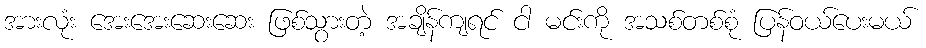
အားလုံး အေးအေးဆေးဆေး ဖြစ်သွားတဲ့ အချိန်ကျရင် ငါ မင်းကို အသစ်တစ်စုံ ပြန်ဝယ်ပေးမယ်